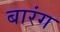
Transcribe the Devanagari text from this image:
बारंग